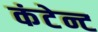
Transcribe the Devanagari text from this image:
कंटेन्ट